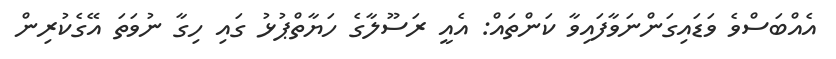
އެއްބަސްވެ ވަޑައިގަންނަވާފައިވާ ކަންތައް: އެއީ ރަސޫލާގެ ހަޔާތްޕުޅު ގައި ހިގާ ނުވަތަ އޭގެކުރިން